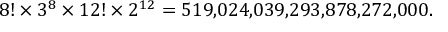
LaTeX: { 8 ! \times 3 ^ { 8 } \times 1 2 ! \times 2 ^ { 1 2 } } = 5 1 9 { , } 0 2 4 { , } 0 3 9 { , } 2 9 3 { , } 8 7 8 { , } 2 7 2 { , } 0 0 0 .